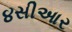
૪સીઆર